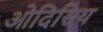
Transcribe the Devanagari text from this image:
ओदिसिय